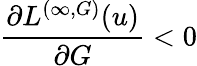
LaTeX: \frac{\partial L^{(\infty,G)}(u)}{\partial G}<0